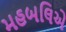
મહબલિએ